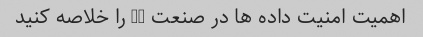
اهمیت امنیت داده ها در صنعت IT را خلاصه کنید